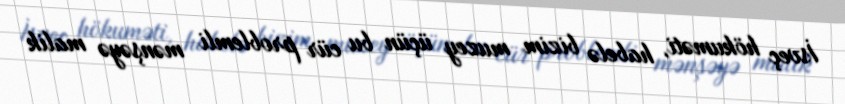
İsveç hökuməti, habelə bizim muzey üçün bu cür problemli mənşəyə malik